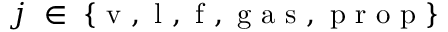
j ~ \in ~ \{ \mathrm { ~ v ~ , ~ l ~ , ~ f ~ , ~ g ~ a ~ s ~ , ~ p ~ r ~ o ~ p ~ } \}